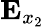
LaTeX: {\mathbf E}_{x_{2}}